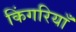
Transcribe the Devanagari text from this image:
किंगरियाँ